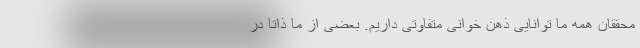
محققان همه ما توانایی ذهن خوانی متفاوتی داریم. بعضی از ما ذاتاً در